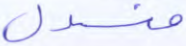
منسدل